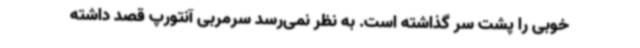
خوبی را پشت سر گذاشته است. به نظر نمی‌رسد سرمربی آنتورپ قصد داشته